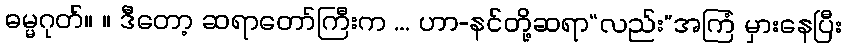
ဓမ္မဂုတ်။ ။ ဒီတော့ ဆရာတော်ကြီးက ... ဟာ-နင်တို့ဆရာ“လည်း”အကြံ မှားနေပြီး